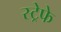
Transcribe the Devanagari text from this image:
स्ट्रेफे